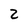
Character: 2